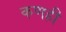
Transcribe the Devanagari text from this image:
कणही